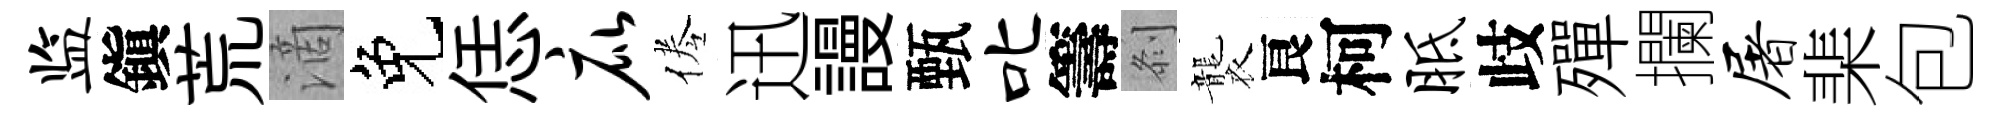
监鎭荒滴免恁庇倦迅謾甄叱籌𠛴襲良柯胝歧殫攔屠棐包